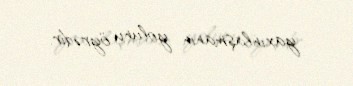
yaxınlaşmanın yolunu öyrədir.